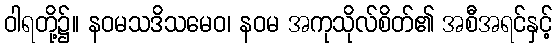
ဝါရတို့၌။ နဝမသဒိသမေဝ၊ နဝမ အကုသိုလ်စိတ်၏ အစီအရင်နှင့်